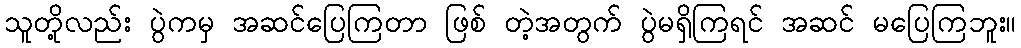
သူတို့လည်း ပွဲကမှ အဆင်ပြေကြတာ ဖြစ် တဲ့အတွက် ပွဲမရှိကြရင် အဆင် မပြေကြဘူး။